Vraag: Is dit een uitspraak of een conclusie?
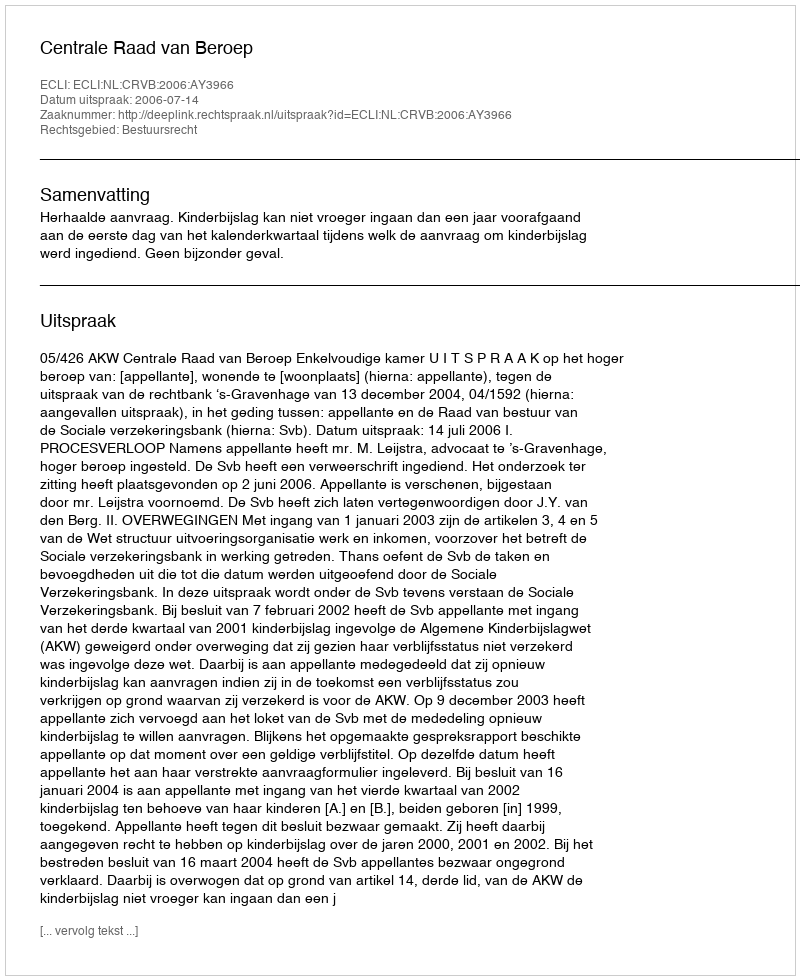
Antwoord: Uitspraak